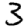
Digit: 3